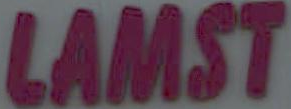
LAMST